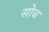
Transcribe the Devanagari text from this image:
सोच